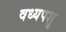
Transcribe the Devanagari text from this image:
वध्यपशु